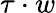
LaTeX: \tau\cdot w